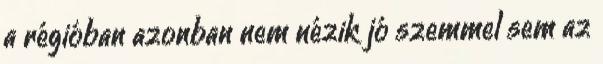
a régióban azonban nem nézik jó szemmel sem az